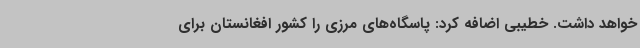
خواهد داشت. خطیبی اضافه کرد: پاسگاه‌های مرزی را کشور افغانستان برای